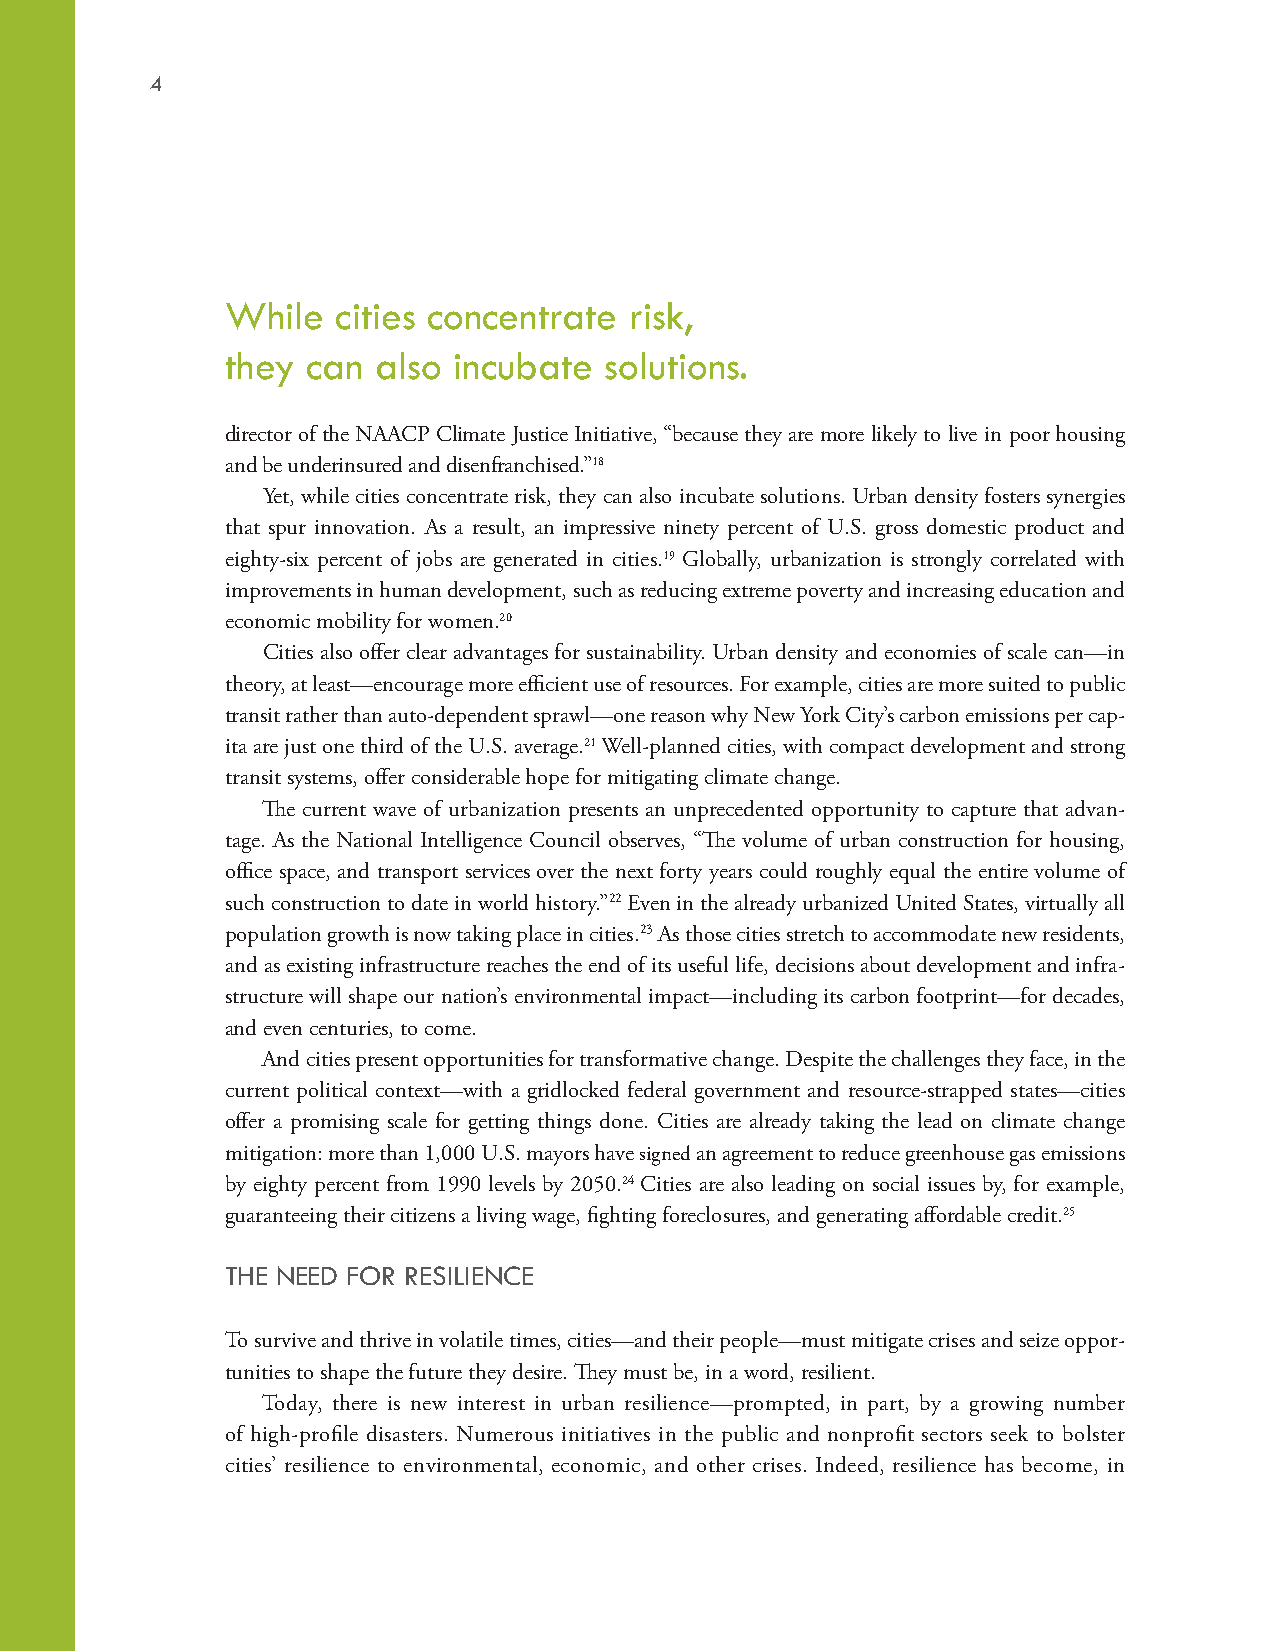
4
 While  cities concentrate  risk,
 they can  also incubate  solutions.
 director of the NAACP Climate Justice Initiative, “because they are more likely to live in poor housing
 and be underinsured and disenfranchised.”18
 Yet, while cities concentrate risk, they can also incubate solutions. Urban density fosters synergies
 that spur innovation. As a result, an impressive ninety percent of U.S. gross domestic product and
 eighty-six percent of jobs are generated in cities.19 Globally, urbanization is strongly correlated with
 improvements in human development, such as reducing extreme poverty and increasing education and
 economic mobility for women.20
 Cities also offer clear advantages for sustainability. Urban density and economies of scale can—in
 theory, at least—encourage more efficient use of resources. For example, cities are more suited to public
 transit rather than auto-dependent sprawl—one reason why New York City’s carbon emissions per cap-
 ita are just one third of the U.S. average.21 Well-planned cities, with compact development and strong
 transit systems, offer considerable hope for mitigating climate change.
 The current wave of urbanization presents an unprecedented opportunity to capture that advan-
 tage. As the National Intelligence Council observes, “The volume of urban construction for housing,
 office space, and transport services over the next forty years could roughly equal the entire volume of
 such construction to date in world history.”22 Even in the already urbanized United States, virtually all
 population growth is now taking place in cities.23 As those cities stretch to accommodate new residents,
 and as existing infrastructure reaches the end of its useful life, decisions about development and infra-
 structure will shape our nation’s environmental impact—including its carbon footprint—for decades,
 and even centuries, to come.
 And cities present opportunities for transformative change. Despite the challenges they face, in the
 current political context—with a gridlocked federal government and resource-strapped states—cities
 offer a promising scale for getting things done. Cities are already taking the lead on climate change
 mitigation: more than 1,000 U.S. mayors have signed an agreement to reduce greenhouse gas emissions
 by eighty percent from 1990 levels by 2050.24 Cities are also leading on social issues by, for example,
 guaranteeing their citizens a living wage, fighting foreclosures, and generating affordable credit.25
 THE NEED FOR RESILIENCE
 To survive and thrive in volatile times, cities—and their people—must mitigate crises and seize oppor-
 tunities to shape the future they desire. They must be, in a word, resilient.
 Today, there is new interest in urban resilience—prompted, in part, by a growing number
 of high-profile disasters. Numerous initiatives in the public and nonprofit sectors seek to bolster
 cities’ resilience to environmental, economic, and other crises. Indeed, resilience has become, in